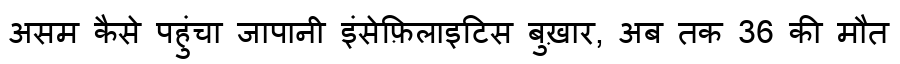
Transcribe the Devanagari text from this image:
असम कैसे पहुंचा जापानी इंसेफ़िलाइटिस बुख़ार, अब तक 36 की मौत